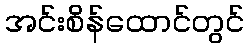
အင်းစိန်ထောင်တွင်